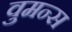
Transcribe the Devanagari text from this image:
वुमन्स